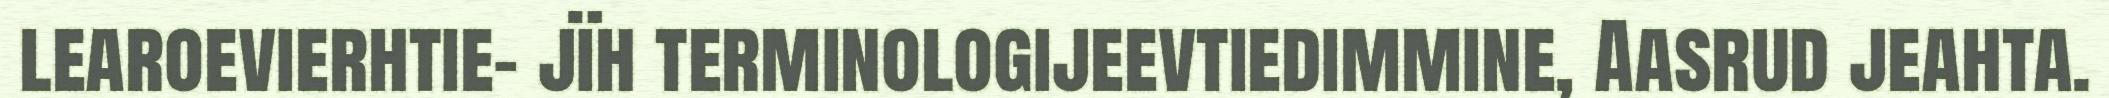
learoevierhtie- jïh terminologijeevtiedimmine, Aasrud jeahta.